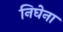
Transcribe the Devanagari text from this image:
निघेना